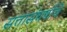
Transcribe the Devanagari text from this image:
सत्तासंघर्षाचे